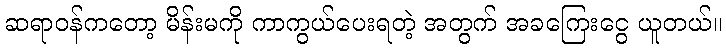
ဆရာဝန်ကတော့ မိန်းမကို ကာကွယ်ပေးရတဲ့ အတွက် အခကြေးငွေ ယူတယ်။